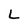
Character: L